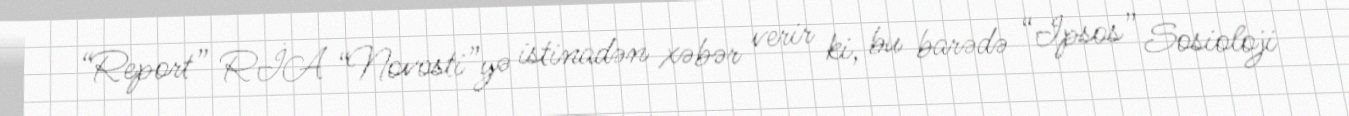
“Report” RİA “Novosti”yə istinadən xəbər verir ki, bu barədə “Ipsos” Sosioloji